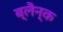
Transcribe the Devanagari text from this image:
ब्लैन्क